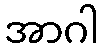
အာဂါ